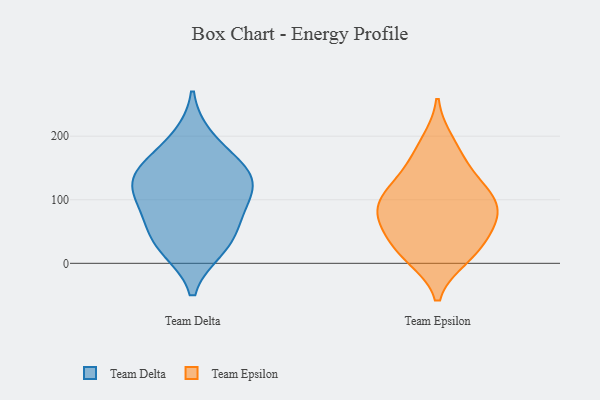
{"axis": {"x": "Headcount", "y": "Value"}, "legend": ["Team Delta", "Team Epsilon"], "data": [{"x": "", "y": 95, "type": "Team Delta"}, {"x": "", "y": 139, "type": "Team Delta"}, {"x": "", "y": 73, "type": "Team Delta"}, {"x": "", "y": 116, "type": "Team Delta"}, {"x": "", "y": 23, "type": "Team Delta"}, {"x": "", "y": 26, "type": "Team Delta"}, {"x": "", "y": 197, "type": "Team Delta"}, {"x": "", "y": 147, "type": "Team Delta"}, {"x": "", "y": 155, "type": "Team Delta"}, {"x": "", "y": 120, "type": "Team Delta"}, {"x": "", "y": 52, "type": "Team Delta"}, {"x": "", "y": 127, "type": "Team Epsilon"}, {"x": "", "y": 130, "type": "Team Epsilon"}, {"x": "", "y": 86, "type": "Team Epsilon"}, {"x": "", "y": 18, "type": "Team Epsilon"}, {"x": "", "y": 190, "type": "Team Epsilon"}, {"x": "", "y": 10, "type": "Team Epsilon"}, {"x": "", "y": 99, "type": "Team Epsilon"}, {"x": "", "y": 67, "type": "Team Epsilon"}, {"x": "", "y": 59, "type": "Team Epsilon"}, {"x": "", "y": 17, "type": "Team Epsilon"}, {"x": "", "y": 166, "type": "Team Epsilon"}, {"x": "", "y": 47, "type": "Team Epsilon"}, {"x": "", "y": 89, "type": "Team Epsilon"}, {"x": "", "y": 96, "type": "Team Epsilon"}]}